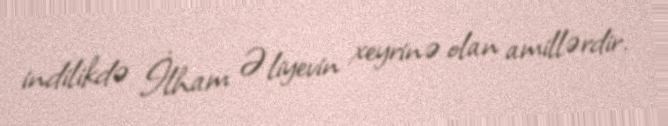
indilikdə İlham Əliyevin xeyrinə olan amillərdir.